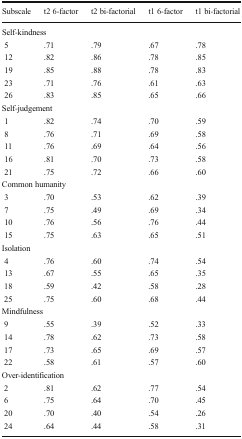
| Subscale | t2 6-factor | t2 bi-factorial | t1 6-factor | t1 bi-factorial |
 | --- | --- | --- | --- | --- |
 | <COLSPAN=5> Self-kindness |
 | 5 | .71 | .79 | .67 | .78 |
 | 12 | .82 | .86 | .78 | .85 |
 | 19 | .85 | .88 | .78 | .83 |
 | 23 | .71 | .76 | .61 | .63 |
 | 26 | .83 | .85 | .65 | .66 |
 | <COLSPAN=5> Self-judgement |
 | 1 | .82 | .74 | .70 | .59 |
 | 8 | .76 | .71 | .69 | .58 |
 | 11 | .76 | .69 | .64 | .56 |
 | 16 | .81 | .70 | .73 | .58 |
 | 21 | .75 | .72 | .66 | .60 |
 | <COLSPAN=5> Common humanity |
 | 3 | .70 | .53 | .62 | .39 |
 | 7 | .75 | .49 | .69 | .34 |
 | 10 | .76 | .56 | .76 | .44 |
 | 15 | .75 | .63 | .65 | .51 |
 | <COLSPAN=5> Isolation |
 | 4 | .76 | .60 | .74 | .54 |
 | 13 | .67 | .55 | .65 | .35 |
 | 18 | .59 | .42 | .58 | .28 |
 | 25 | .75 | .60 | .68 | .44 |
 | <COLSPAN=5> Mindfulness |
 | 9 | .55 | .39 | .52 | .33 |
 | 14 | .78 | .62 | .73 | .58 |
 | 17 | .73 | .65 | .69 | .57 |
 | 22 | .58 | .61 | .57 | .60 |
 | <COLSPAN=5> Over-identification |
 | 2 | .81 | .62 | .77 | .54 |
 | 6 | .75 | .64 | .70 | .45 |
 | 20 | .70 | .40 | .54 | .26 |
 | 24 | .64 | .44 | .58 | .31 |